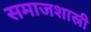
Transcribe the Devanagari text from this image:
समाजशास्री